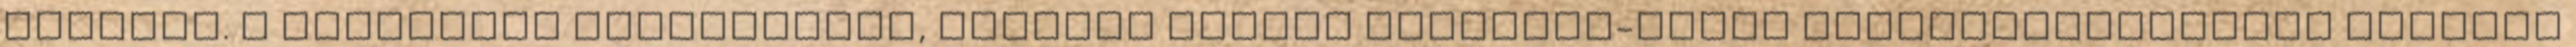
telepen. A programot kollégámmal, Laborcz Ferenc Munkácsy-díjas szobrászművésszel közösen